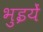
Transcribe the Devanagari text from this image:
भुइयें